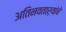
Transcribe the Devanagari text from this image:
अतिनवताऱ्यांचे